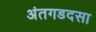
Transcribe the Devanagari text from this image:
अंतगडदसा